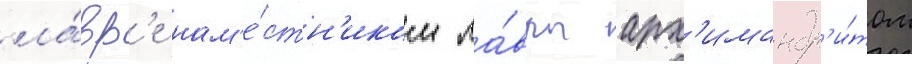
ла́вр'е нам'е́стн'иком ла́вры арх'имандр'и́том